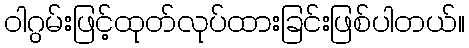
ဝါဂွမ်းဖြင့်ထုတ်လုပ်ထားခြင်းဖြစ်ပါတယ်။